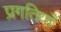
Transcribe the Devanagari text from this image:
प्रगतियाँ